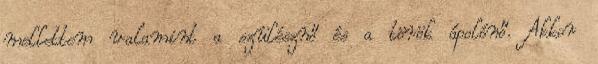
mellettem valamint a szülésznő és a török ápolónő. Akkor